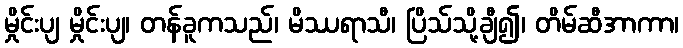
မှိုင်းပျ မှိုင်းပျ၊ တန်ခူကသည်၊ မိဿရာသီ၊ ပြိသ်သို့ချီ၍၊ တိမ်ဆီအာကာ၊